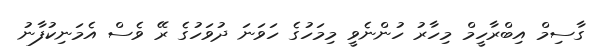
ގާސިމް އިބްރާހީމް މިހާރު ހުންނެވީ މިމަހުގެ ހަވަނަ ދުވަހުގެ ރޭ ވެސް އެމަނިކުފާނު